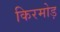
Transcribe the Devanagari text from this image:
किरमोड़